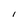
Character: l